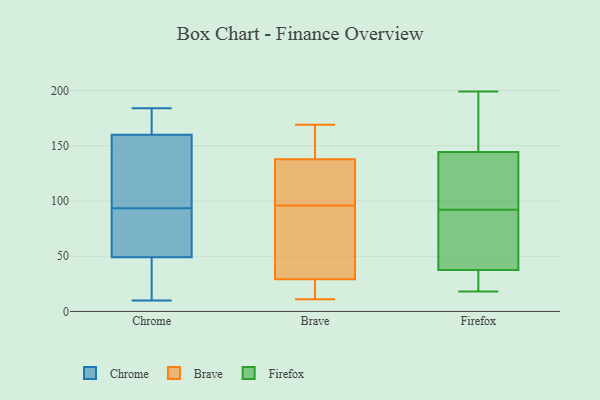
{"axis": {"x": "LTV (USD)", "y": "Value"}, "legend": ["Brave", "Chrome", "Firefox"], "data": [{"x": "", "y": 89, "type": "Chrome"}, {"x": "", "y": 88, "type": "Chrome"}, {"x": "", "y": 147, "type": "Chrome"}, {"x": "", "y": 158, "type": "Chrome"}, {"x": "", "y": 26, "type": "Chrome"}, {"x": "", "y": 122, "type": "Chrome"}, {"x": "", "y": 98, "type": "Chrome"}, {"x": "", "y": 74, "type": "Chrome"}, {"x": "", "y": 162, "type": "Chrome"}, {"x": "", "y": 184, "type": "Chrome"}, {"x": "", "y": 10, "type": "Chrome"}, {"x": "", "y": 45, "type": "Chrome"}, {"x": "", "y": 29, "type": "Chrome"}, {"x": "", "y": 162, "type": "Chrome"}, {"x": "", "y": 183, "type": "Chrome"}, {"x": "", "y": 53, "type": "Chrome"}, {"x": "", "y": 138, "type": "Brave"}, {"x": "", "y": 96, "type": "Brave"}, {"x": "", "y": 160, "type": "Brave"}, {"x": "", "y": 28, "type": "Brave"}, {"x": "", "y": 11, "type": "Brave"}, {"x": "", "y": 91, "type": "Brave"}, {"x": "", "y": 33, "type": "Brave"}, {"x": "", "y": 102, "type": "Brave"}, {"x": "", "y": 143, "type": "Brave"}, {"x": "", "y": 27, "type": "Brave"}, {"x": "", "y": 169, "type": "Brave"}, {"x": "", "y": 137, "type": "Brave"}, {"x": "", "y": 51, "type": "Brave"}, {"x": "", "y": 16, "type": "Brave"}, {"x": "", "y": 135, "type": "Brave"}, {"x": "", "y": 18, "type": "Firefox"}, {"x": "", "y": 127, "type": "Firefox"}, {"x": "", "y": 199, "type": "Firefox"}, {"x": "", "y": 31, "type": "Firefox"}, {"x": "", "y": 30, "type": "Firefox"}, {"x": "", "y": 79, "type": "Firefox"}, {"x": "", "y": 57, "type": "Firefox"}, {"x": "", "y": 18, "type": "Firefox"}, {"x": "", "y": 182, "type": "Firefox"}, {"x": "", "y": 92, "type": "Firefox"}, {"x": "", "y": 199, "type": "Firefox"}, {"x": "", "y": 78, "type": "Firefox"}, {"x": "", "y": 110, "type": "Firefox"}, {"x": "", "y": 122, "type": "Firefox"}, {"x": "", "y": 150, "type": "Firefox"}]}